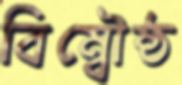
বিম্বৌষ্ঠ